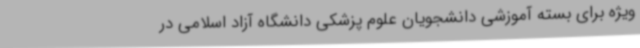
ویژه برای بسته آموزشی دانشجویان علوم پزشکی دانشگاه آزاد اسلامی در